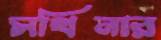
সখিনার